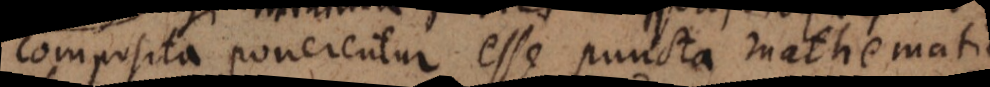
composita ponerentur esse puncta mathematica